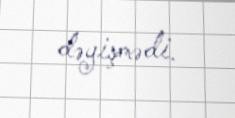
dəyişmədi.